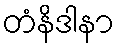
တံနိဒါနာ